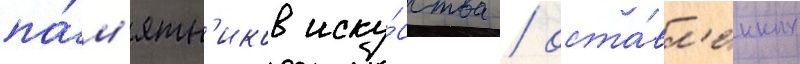
па́м'ятн'иков иску́сства / оста́вл'енных